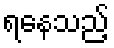
ရနေသည့်